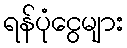
ရန်ပုံငွေများ